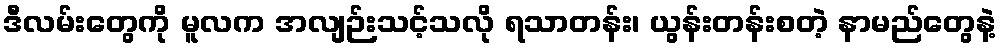
ဒီလမ်းတွေကို မူလက အလျဉ်းသင့်သလို ရသာတန်း၊ ယွန်းတန်းစတဲ့ နာမည်တွေနဲ့